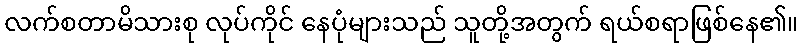
လက်စတာမိသားစု လုပ်ကိုင် နေပုံများသည် သူတို့အတွက် ရယ်စရာဖြစ်နေ၏။